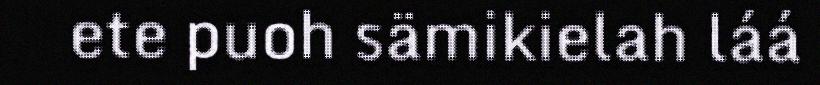
ete puoh sämikielah láá